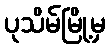
ပုသိမ်မြို့မှ